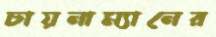
চায়নাম্যানের